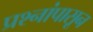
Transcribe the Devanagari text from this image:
प्रश्नांपासून